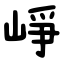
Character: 崢